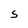
Character: s